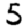
Digit: 5